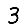
Digit: 3